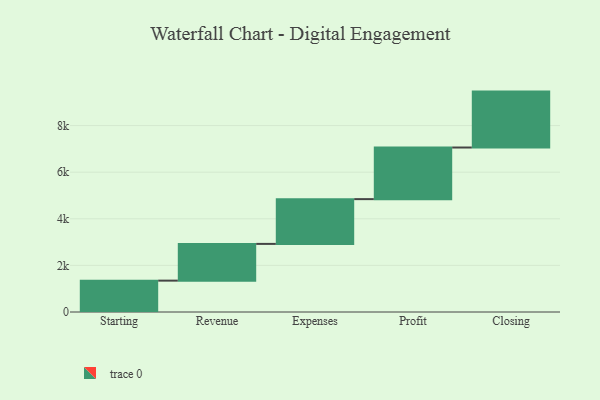
{"axis": {"x": "Step", "y": "Value"}, "legend": [""], "data": [{"x": "Starting", "y": 1346.0, "type": ""}, {"x": "Revenue", "y": 1576.0, "type": ""}, {"x": "Expenses", "y": 1921.0, "type": ""}, {"x": "Profit", "y": 2215.0, "type": ""}, {"x": "Closing", "y": 2399.0, "type": ""}]}